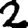
Digit: 2